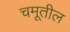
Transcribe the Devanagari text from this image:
चमूतील